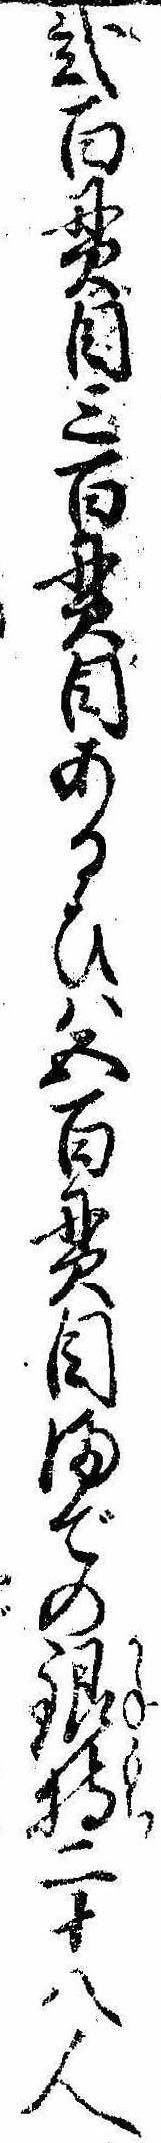
弐百貫目三百貫目あるひは五百貫目までの銀持二十八人